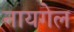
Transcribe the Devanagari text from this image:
नायगेल